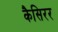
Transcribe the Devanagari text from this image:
कैसिरर